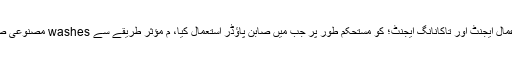
مصفی گریڈ م: جب صابن پیسٹ، مائع میں استعمال کیااعمال ایجنٹ اور تاکانانگ ایجنٹ؛ کو مستحکم طور پر جب میں صابن پاؤڈر استعمال کیا، م مؤثر طریقے سے washes مصنوعی صابن سے دھو کے بعد آلودہ بننے سے روک سکتے ہيں ۔